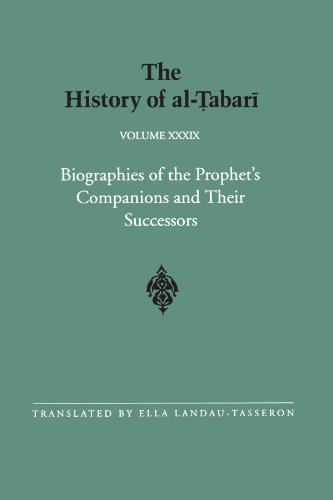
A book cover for The History of al-Tabari Vol. 39: Biographies of the Prophet's Companions and Their Successors: al-Tabari's Supplement to His History (SUNY series in Near Eastern Studies); History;